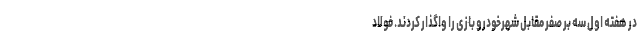
در هفته اول سه بر صفر مقابل شهرخودرو بازی را واگذار کردند. فولاد